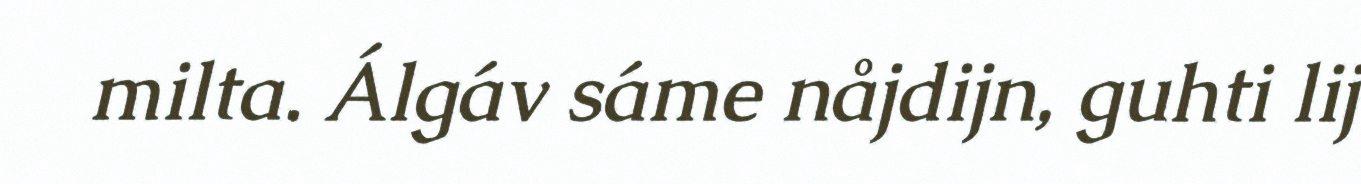
milta. Álgáv sáme nåjdijn, guhti lij